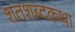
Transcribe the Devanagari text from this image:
शतशब्दकथा